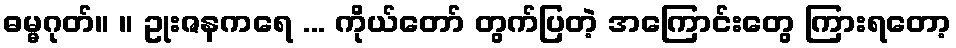
ဓမ္မဂုတ်။ ။ ဥုးဇနကရေ ... ကိုယ်တော် တွက်ပြတဲ့ အကြောင်းတွေ ကြားရတော့